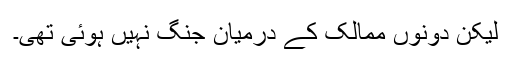
لیکن دونوں ممالک کے درمیان جنگ نہیں ہوئی تھی۔